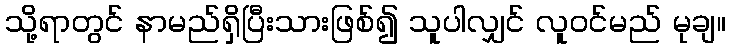
သို့ရာတွင် နာမည်ရှိပြီးသားဖြစ်၍ သူပါလျှင် လူဝင်မည် မုချ။